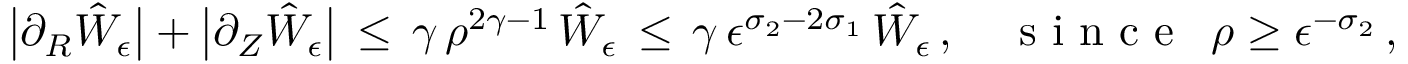
\bigl | \partial _ { R } \hat { W } _ { \epsilon } \bigr | + \bigl | \partial _ { Z } \hat { W } _ { \epsilon } \bigr | \, \le \, \gamma \, \rho ^ { 2 \gamma - 1 } \, \hat { W } _ { \epsilon } \, \le \, \gamma \, \epsilon ^ { \sigma _ { 2 } - 2 \sigma _ { 1 } } \, \hat { W } _ { \epsilon } \, , \quad \mathrm { ~ s ~ i ~ n ~ c ~ e ~ } ~ \, \rho \ge \epsilon ^ { - \sigma _ { 2 } } \, ,